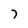
Character: 7